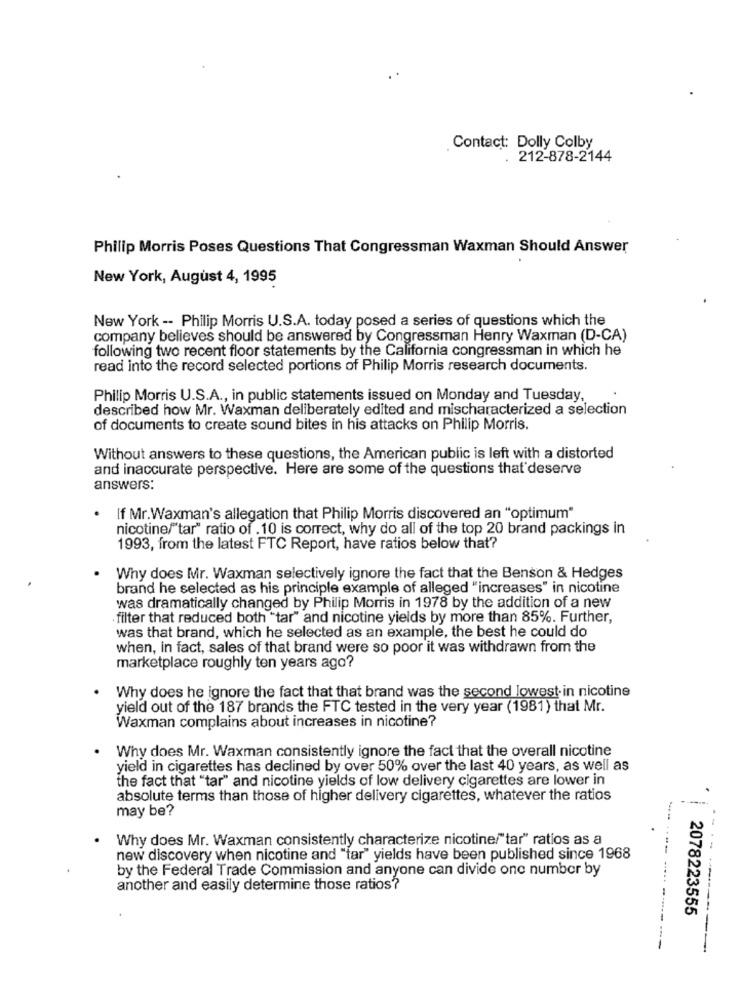
Contact: Dolly Colby
212-878-2144
Philip Morris Poses Questions That Congressman Waxman Should Answer
New York, August 4, 1995
New York -- Philip Morris U.S.A. today posed a series of questions which the
company believes should be answered by Congressman Henry Waxman (D-CA)
following two recent floor statements by the California congressman in which he
read into the record selected portions of Philip Morris research documents.
Philip Morris U.S.A ., in public statements issued on Monday and Tuesday,
described how Mr. Waxman deliberately edited and mischaracterized a selection
of documents to create sound bites in his attacks on Philip Morris.
Without answers to these questions, the American public is left with a distorted
and inaccurate perspective. Here are some of the questions that deserve
answers:
. If Mr.Waxman's allegation that Philip Morris discovered an "optimum"
nicotine/"tar" ratio of .10 is correct, why do all of the top 20 brand packings in
1993, from the latest FTC Report, have ratios below that?
Why does Mr. Waxman selectively ignore the fact that the Benson & Hedges
brand he selected as his principle example of alleged "increases" in nicotine
was dramatically changed by Philip Morris in 1978 by the addition of a new
filter that reduced both "tar" and nicotine yields by more than 85%. Further,
was that brand, which he selected as an example, the best he could do
when, in fact, sales of that brand were so poor it was withdrawn from the
marketplace roughly ten years ago?
Why does he ignore the fact that that brand was the second lowest. in nicotine
yield out of the 187 brands the FTC tested in the very year (1981) that Mr.
Waxman complains about increases in nicotine?
Why does Mr. Waxman consistently ignore the fact that the overall nicotine
yield in cigarettes has declined by over 50% over the last 40 years, as well as
the fact that "tar" and nicotine yields of low delivery cigarettes are lower in
absolute terms than those of higher delivery cigarettes, whatever the ratios
may be?
Why does Mr. Waxman consistently characterize nicotine/"tar" ratios as a
new discovery when nicotine and "tar" yields have been published since 1968
by the Federal Trade Commission and anyone can divide one number by
-------- .....
another and easily determine those ratios?
2078223555